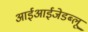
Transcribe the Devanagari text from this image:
आईआईजेडब्लू